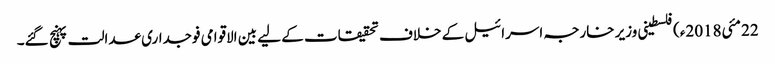
22 مئی2018ء) فلسطینی وزیر خارجہ اسرائیل کے خلاف تحقیقات کے لیے بین الاقوامی فوجداری عدالت پہنچ گئے۔